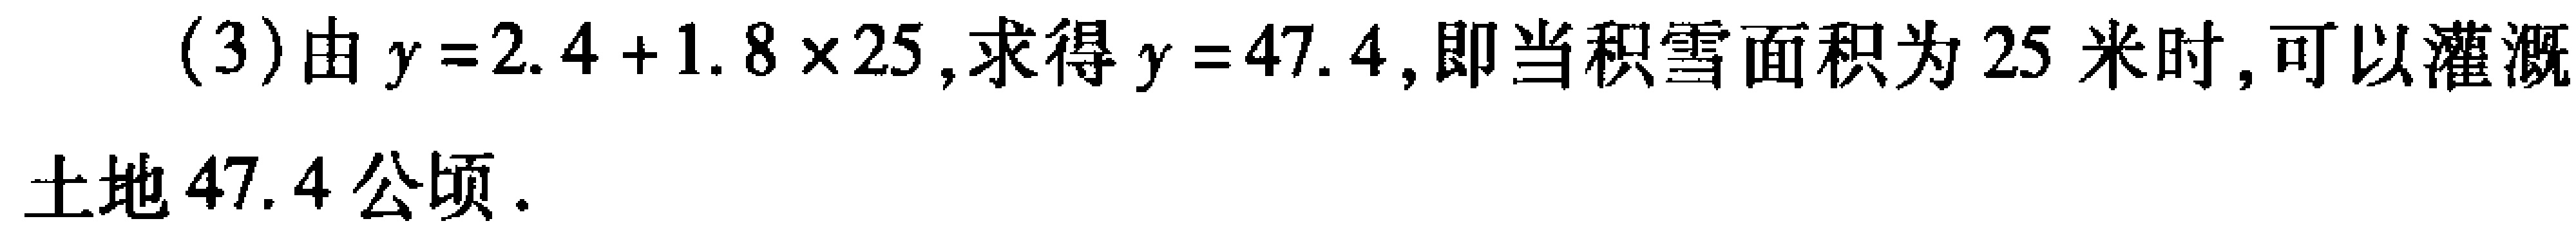
(3)由 \(y = 2.4 + 1.8\times25\)，求得 \(y = 47.4\)，即当积雪面积为 \(25\) 米时，可以灌溉土地 \(47.4\) 公顷.